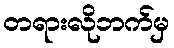
တရားလိုဘက်မှ